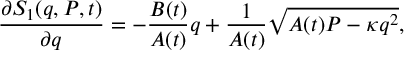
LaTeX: \frac { \partial S _ { 1 } ( q , P , t ) } { \partial q } = - \frac { B ( t ) } { A ( t ) } q + \frac { 1 } { A ( t ) } \sqrt { A ( t ) P - \kappa q ^ { 2 } } ,